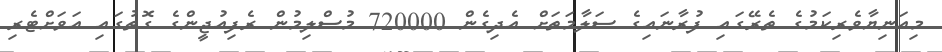
މިއަނިޔާވެރިކަމުގެ ތެރޭގައި ފުރާނައިގެ ސަލާމަތަށް އެދިގެން 720000 މުސްލިމުން ރެފިއުޖީންގެ ގޮތުގައި އަވަށްޓެރި